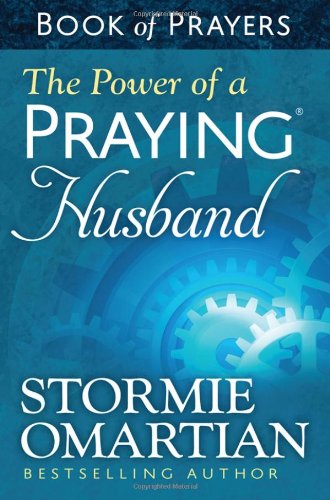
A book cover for The Power of a Praying Husband Book of Prayers; Stormie Omartian; Christian Books & Bibles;